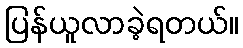
ပြန်ယူလာခဲ့ရတယ်။